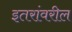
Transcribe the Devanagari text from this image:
इतरांवरील